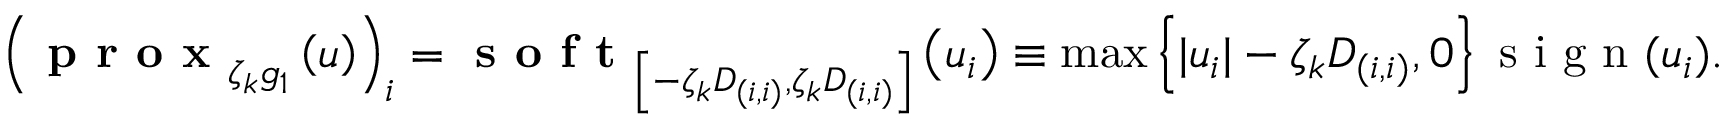
\left( \textbf { p r o x } _ { \zeta _ { k } g _ { 1 } } \left( u \right) \right) _ { i } = \textbf { s o f t } _ { \left[ - \zeta _ { k } D _ { ( i , i ) } , \zeta _ { k } D _ { ( i , i ) } \right] } \left( u _ { i } \right) \equiv \operatorname* { m a x } \left\{ \lvert u _ { i } \rvert - \zeta _ { k } D _ { ( i , i ) } , 0 \right\} \textnormal { s i g n } ( u _ { i } ) .